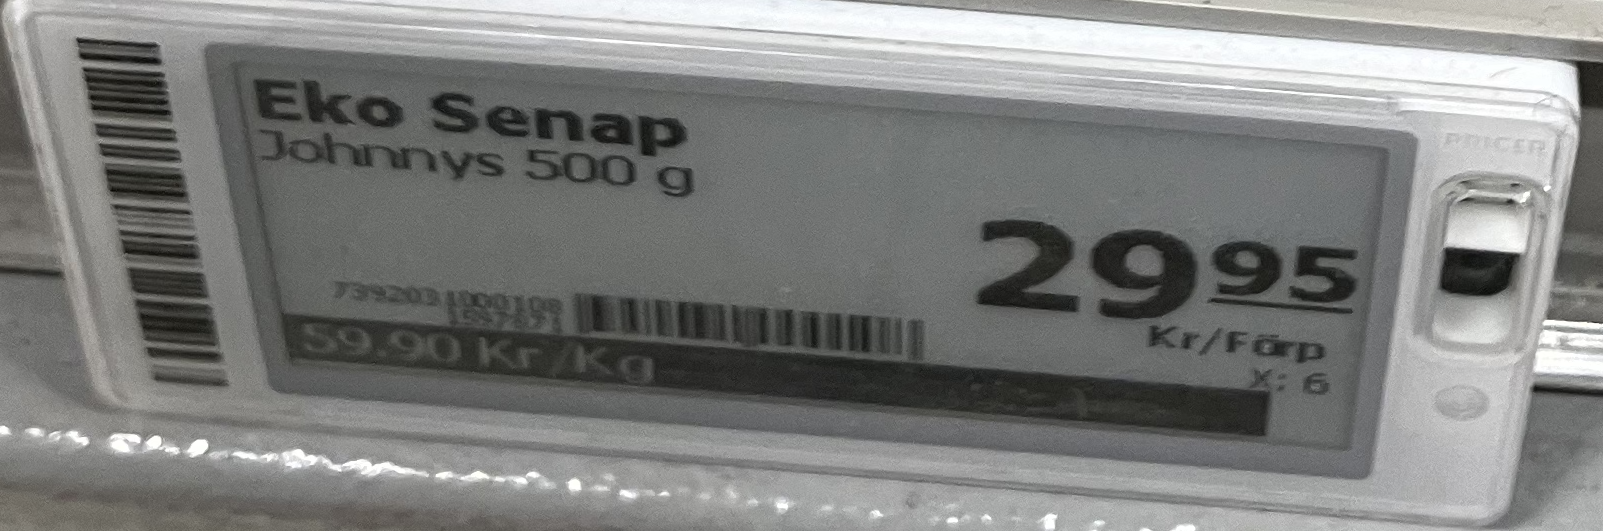
Vara: Eko Senap
Genomsnittspris: 59.9 per kg